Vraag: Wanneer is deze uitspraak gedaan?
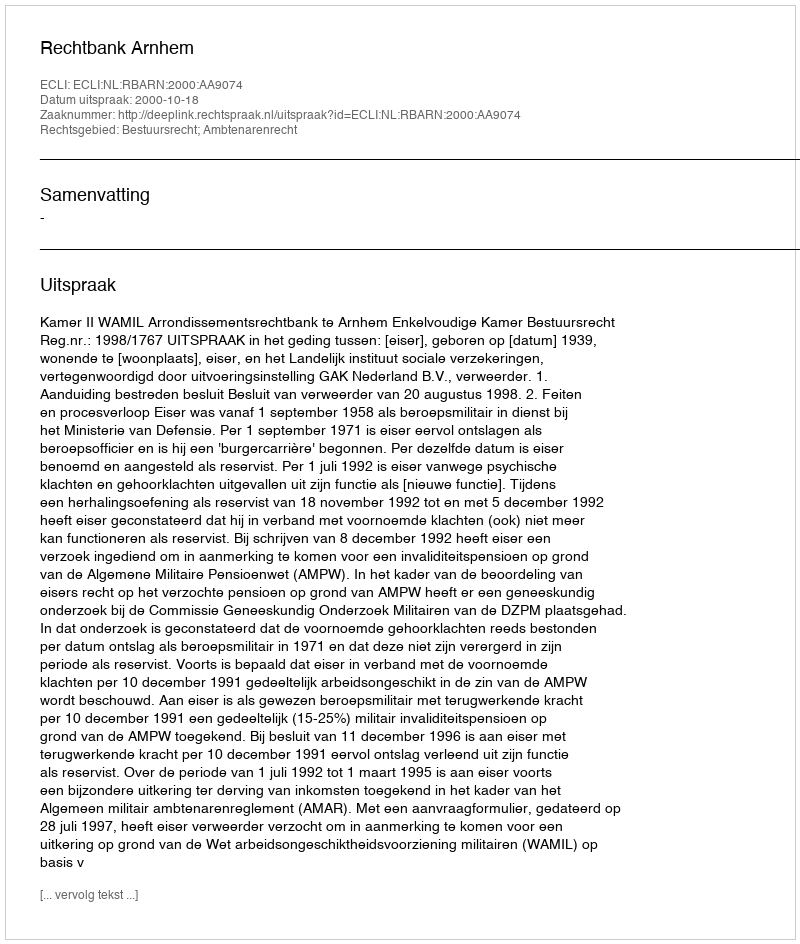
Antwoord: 2000-10-18